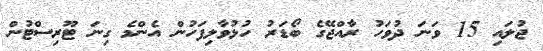
ޖުލައި 15 ވަނަ ދުވަހު ރާއްޖޭގެ ބޯޑަރު ހުޅުވާލިފަހުން އެންމެ ގިނަ ޓޫރިސްޓުން